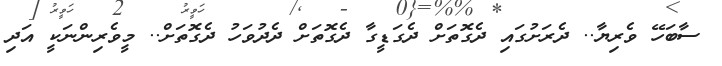
ސާބަހޭ ވެރިޔާ.. ދެރަށުގައި ދެގޮތަށް ދެގަޑީގާ ދެގޮތަށް ދެދުވަހު ދެގޮތަށް.. މީވެރިންނަކީ އަދި